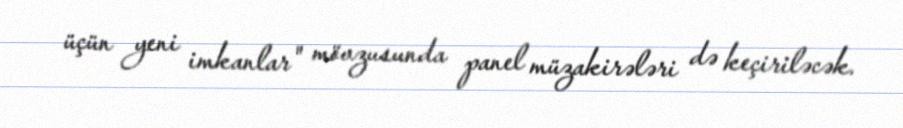
üçün yeni imkanlar" mövzusunda panel müzakirələri də keçiriləcək.